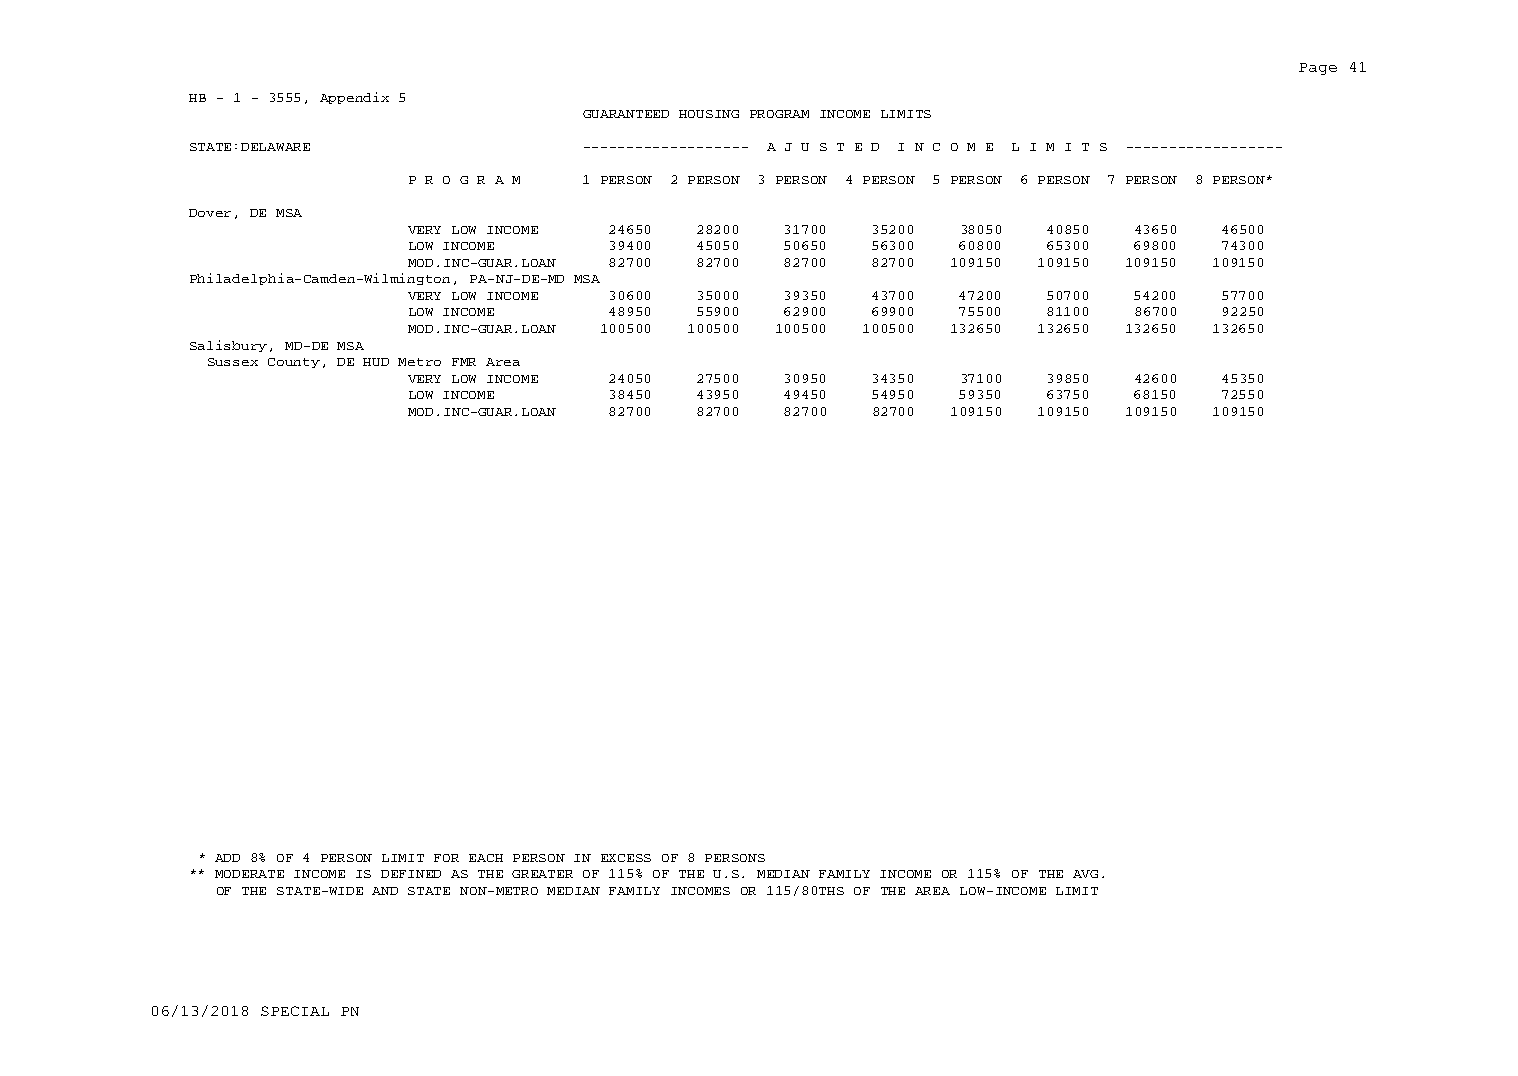
Page 41
 HB - 1 - 3555, Appendix 5
 GUARANTEED HOUSING PROGRAM INCOME LIMITS
 STATE:DELAWARE            ------------------- A J U S T E D I N C O M E L I M I T S ------------------
 P R O G R A M 1 PERSON 2 PERSON 3 PERSON 4 PERSON 5 PERSON 6 PERSON 7 PERSON 8 PERSON*
 Dover, DE MSA
 VERY LOW INCOME 24650 28200 31700 35200 38050 40850 43650 46500
 LOW INCOME    39400 45050 50650 56300 60800 65300 69800 74300
 MOD.INC-GUAR.LOAN 82700 82700 82700 82700 109150 109150 109150 109150
 Philadelphia-Camden-Wilmington, PA-NJ-DE-MD MSA
 VERY LOW INCOME 30600 35000 39350 43700 47200 50700 54200 57700
 LOW INCOME    48950 55900 62900 69900 75500 81100 86700 92250
 MOD.INC-GUAR.LOAN 100500 100500 100500 100500 132650 132650 132650 132650
 Salisbury, MD-DE MSA
 Sussex County, DE HUD Metro FMR Area
 VERY LOW INCOME 24050 27500 30950 34350 37100 39850 42600 45350
 LOW INCOME    38450 43950 49450 54950 59350 63750 68150 72550
 MOD.INC-GUAR.LOAN 82700 82700 82700 82700 109150 109150 109150 109150
 * ADD 8% OF 4 PERSON LIMIT FOR EACH PERSON IN EXCESS OF 8 PERSONS
 ** MODERATE INCOME IS DEFINED AS THE GREATER OF 115% OF THE U.S. MEDIAN FAMILY INCOME OR 115% OF THE AVG.
 OF THE STATE-WIDE AND STATE NON-METRO MEDIAN FAMILY INCOMES OR 115/80THS OF THE AREA LOW-INCOME LIMIT
 06/13/2018 SPECIAL PN